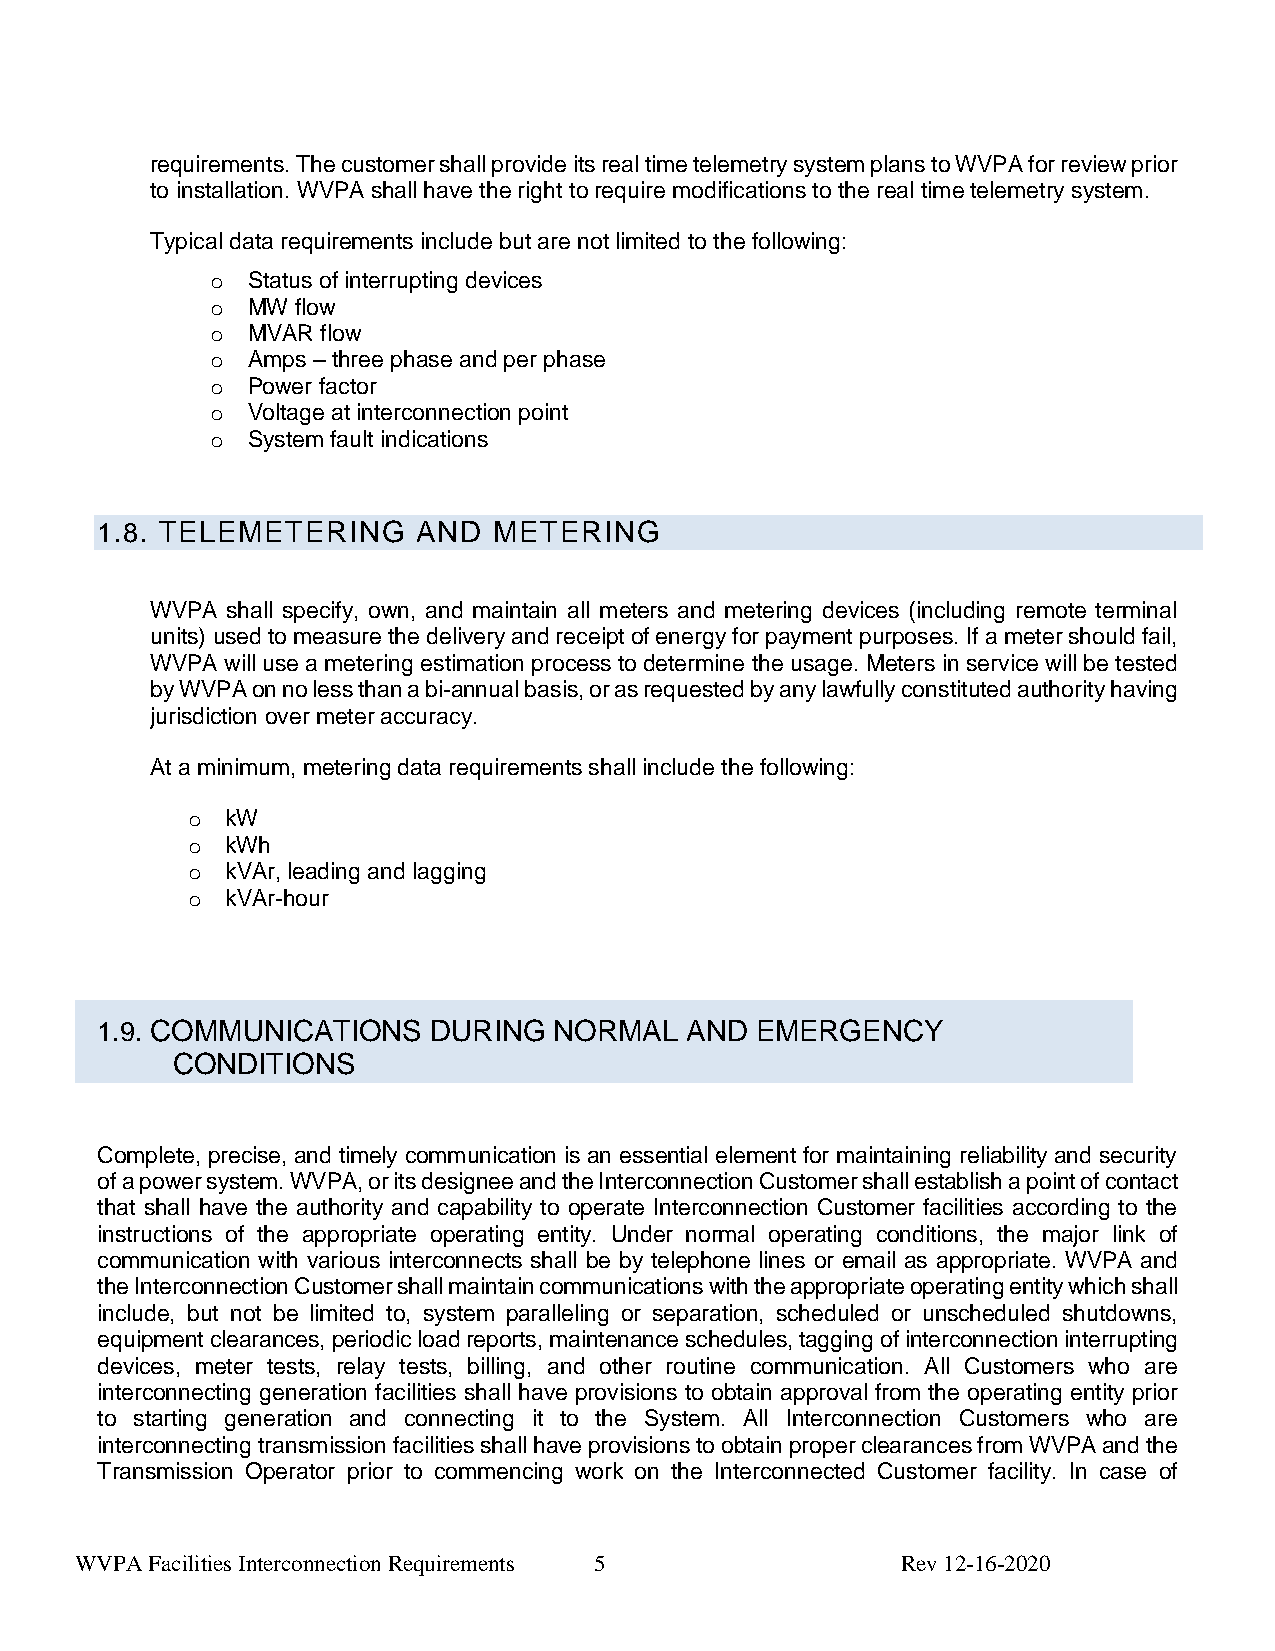
requirements. The customer shall provide its real time telemetry system plans to WVPA for review prior
 to installation. WVPA shall have the right to require modifications to the real time telemetry system.
 Typical data requirements include but are not limited to the following:
 o Status of interrupting devices
 o MW  flow
 o MVAR flow
 o Amps – three phase and per phase
 o Power factor
 o Voltage at interconnection point
 o System fault indications
 1.8. TELEMETERING     AND  METERING
 WVPA shall specify, own, and maintain all meters and metering devices (including remote terminal
 units) used to measure the delivery and receipt of energy for payment purposes. If a meter should fail,
 WVPA will use a metering estimation process to determine the usage. Meters in service will be tested
 by WVPA on no less than a bi-annual basis, or as requested by any lawfully constituted authority having
 jurisdiction over meter accuracy.
 At a minimum, metering data requirements shall include the following:
 o  kW
 o  kWh
 o  kVAr, leading and lagging
 o  kVAr-hour
 1.9. COMMUNICATIONS   DURING   NORMAL  AND  EMERGENCY
 CONDITIONS
 Complete, precise, and timely communication is an essential element for maintaining reliability and security
 of a power system. WVPA, or its designee and the Interconnection Customer shall establish a point of contact
 that shall have the authority and capability to operate Interconnection Customer facilities according to the
 instructions of the appropriate operating entity. Under normal operating conditions, the major link of
 communication with various interconnects shall be by telephone lines or email as appropriate. WVPA and
 the Interconnection Customer shall maintain communications with the appropriate operating entity which shall
 include, but not be limited to, system paralleling or separation, scheduled or unscheduled shutdowns,
 equipment clearances, periodic load reports, maintenance schedules, tagging of interconnection interrupting
 devices, meter tests, relay tests, billing, and other routine communication. All Customers who are
 interconnecting generation facilities shall have provisions to obtain approval from the operating entity prior
 to starting generation and connecting it to the System. All Interconnection Customers who are
 interconnecting transmission facilities shall have provisions to obtain proper clearances from WVPA and the
 Transmission Operator prior to commencing work on the Interconnected Customer facility. In case of
 WVPA Facilities Interconnection Requirements 5         Rev 12-16-2020